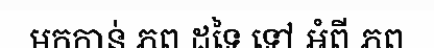
មកកាន់ ភព ដទៃ ទៅ អំពី ភព